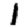
Digit: 1